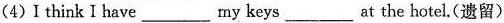
(4)I think I have___my keys___at the hotel.(遗留)